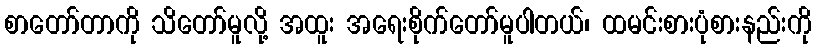
စာတော်တာကို သိတော်မူလို့ အထူး အရေးစိုက်တော်မူပါတယ်၊ ထမင်းစားပုံစားနည်းကို